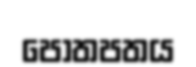
පොතපතය